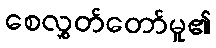
စေလွှတ်တော်မူ၏